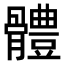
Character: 體